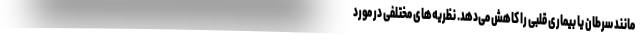
مانند سرطان یا بیماری قلبی را کاهش می‌دهد. نظریه‌های مختلفی در مورد